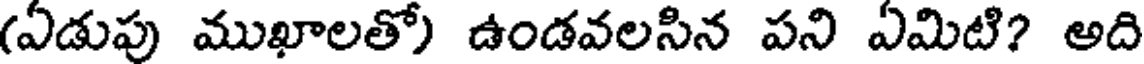
(ఏడుపు ముఖాలతో) ఉండవలసిన పని ఏమిటి? అది